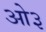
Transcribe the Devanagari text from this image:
ओ३